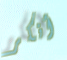
أنكر